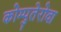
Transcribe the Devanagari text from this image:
कोम्पुतेरोवा